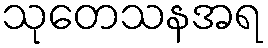
သုတေသနအရ